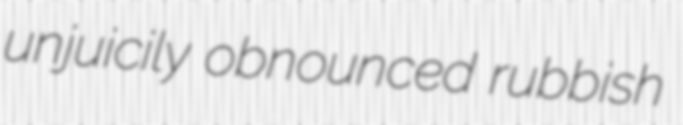
unjuicily obnounced rubbish